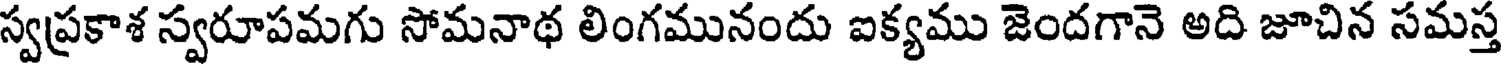
స్వప్రకాశ స్వరూపమగు సోమనాథ లింగమునందు ఐక్యము జెందగానె అది జూచిన సమస్త